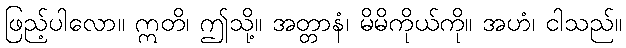
ဖြည့်ပါလော။ ဣတိ၊ ဤသို့။ အတ္တာနံ၊ မိမိကိုယ်ကို။ အဟံ၊ ငါသည်။